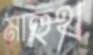
মাহুথ